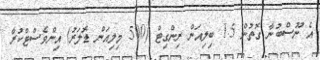
އެ ނޫސްބުނާ ގޮތުން 1.5 ބިލިއަން ރިންގިޓް (500 މިލިއަން ޑޮލަރު) އިންވެސްޓްކުރާ